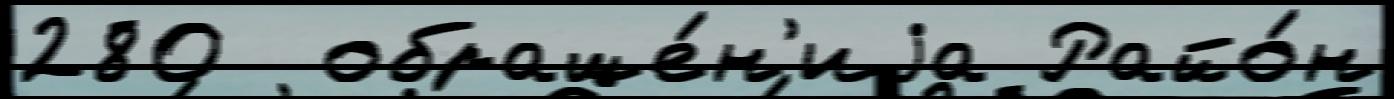
280  обраще́н'иjа Райо́н